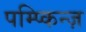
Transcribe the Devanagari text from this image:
पम्प्किन्ज़